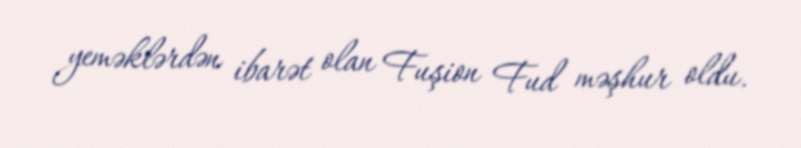
yeməklərdən ibarət olan Fuşion Fud məşhur oldu.